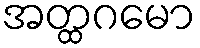
အတ္ထဂမော